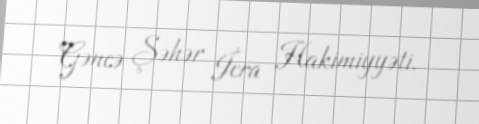
Gəncə Şəhər İcra Hakimiyyəti.